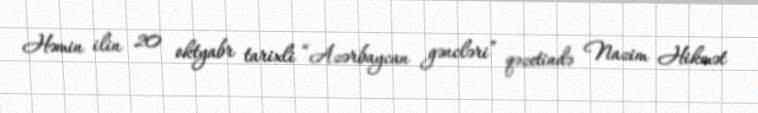
Həmin ilin 20 oktyabr tarixli “Azərbaycan gəncləri” qəzetində Nazim Hikmət